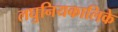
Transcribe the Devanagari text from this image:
लघुनियकालिके